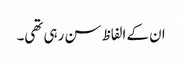
ان کے الفاظ سن رہی تھی۔